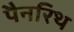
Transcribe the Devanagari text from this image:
पैनरिथ